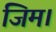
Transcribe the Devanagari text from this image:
जिम।